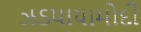
ઝડપાયામોદી